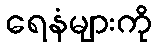
ရေနံများကို